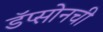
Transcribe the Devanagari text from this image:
डॅप्सोनची